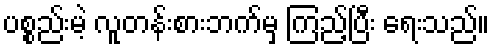
ပစ္စည်းမဲ့ လူတန်းစားဘက်မှ ကြည့်ပြီး ရေးသည်။